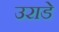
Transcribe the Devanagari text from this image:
उराडे